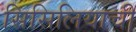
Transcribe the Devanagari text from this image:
सिसिलियाची